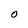
Character: O